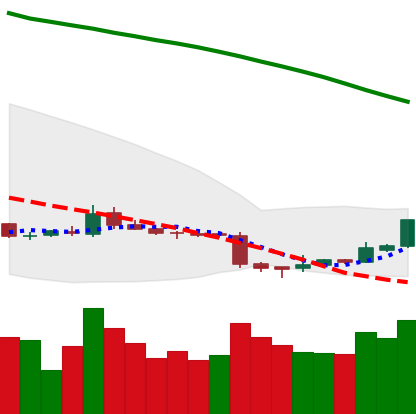
Ticker: ETC-USD
Chart end date: 2018-11-06
Forward return: -6.226%
Label: down_5_7